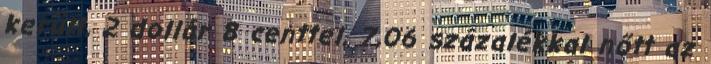
került, 2 dollár 8 centtel, 7,06 százalékkal nőtt az